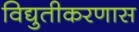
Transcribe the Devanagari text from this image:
विद्युतीकरणास